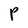
Character: p